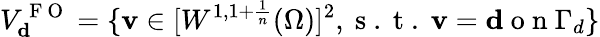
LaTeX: V_{\mathbf{d}}^{\mathrm{~F~O~}}=\{ \mathbf v\in[W^{1,1+\frac{1}{n}}(\Omega)]^{2},\mathrm{~s~.~t~.~}\mathbf v=\mathbf{d}\mathrm{~o~n~}\Gamma_{d}\}